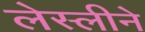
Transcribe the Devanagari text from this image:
लेस्‍लीने